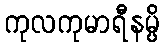
ကုလကုမာရီနမ္ပိ